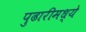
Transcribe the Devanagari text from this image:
पुढारीमध्ये